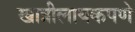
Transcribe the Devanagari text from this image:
खात्रीलायकपणे